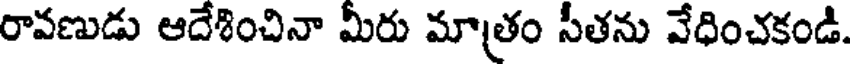
రావణుడు ఆదేశించినా మీరు మాత్రం సీతను వేధించకండి.